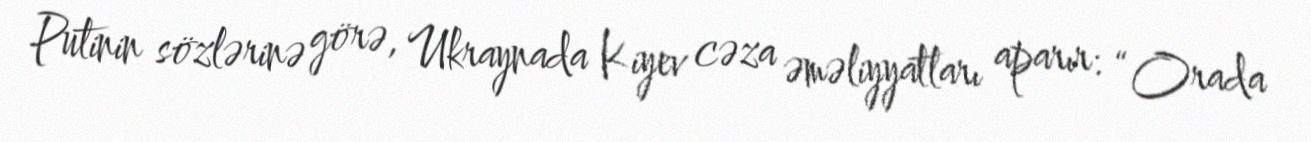
Putinin sözlərinə görə, Ukraynada Kiyev cəza əməliyyatları aparır: “Orada